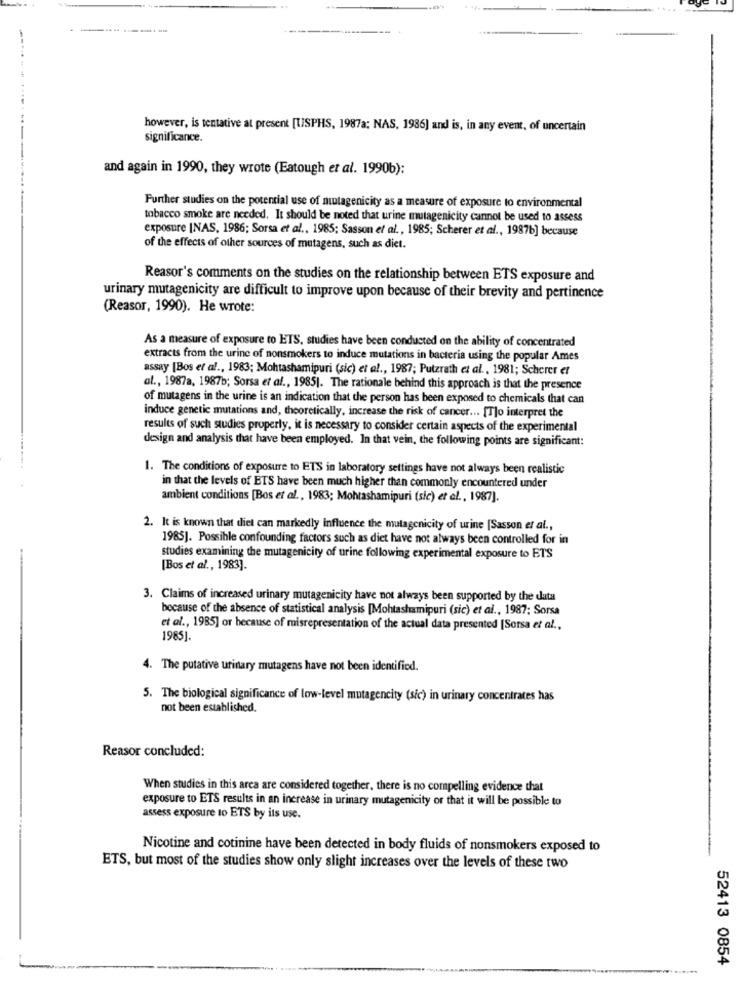
------
however, is tentative at present [USPHS, 1987a; NAS, 1986] and is, in any event, of uncertain
significance.
and again in 1990, they wrote (Eatough et al. 1990b):
Further studies on the potential use of mutagenicity as a measure of exposure to environmental
tobacco smoke are needed, It should be noted that urine mutagenicity cannot be used to assess
exposure INAS, 1986; Sorsa et al ., 1985; Sasson et al ., 1985; Scherer et al ., 1987b] because
of the effects of other sources of mutagens, such as diet.
Reasor's comments on the studies on the relationship between ETS exposure and
urinary mutagenicity are difficult to improve upon because of their brevity and pertinence
(Reasor, 1990). He wrote:
As a measure of exposure to ETS, studies have been conducted on the ability of concentrated
extracts from the urine of nonsmokers to induce mutations in bacteria using the popular Ames
assay [Bos et al ., 1983; Mohtashamipuri (sic) et al ., 1987; Putzrath et al ., 1981; Scherer et
al ., 1987a, 1987b; Sorsa et al ., 1985). The rationale behind this approach is that the presence
of mutagens in the urine is an indication that the person has been exposed to chemicals that can
induce genetic mutations and, theoretically, increase the risk of cancer ... [T]o interpret the
results of such studies properly, it is necessary to consider certain aspects of the experimental
design and analysis that have been employed. In that vein, the following points are significant:
1. The conditions of exposure to ETS in laboratory settings have not always been realistic
in that the levels of ETS have been much higher than commonly encountered under
ambient conditions [Bos et al ., 1983; Mohtashamipuri (sic) et al ., 1987].
2. It is known that diet can markedly Influence the mutagenicity of urine [Sasson et al .,
1985]. Possible confounding factors such as diet have not always been controlled for in
studies examining the mutagenicity of urine following experimental exposure to ETS
[Bos et al ., 1983].
3. Claims of increased urinary mutagenicity have not always been supported by the data
bocause of the absence of statistical analysis [Mohtashamipuri (sic) et al ., 1987; Sorsa
et al ., 1985] or because of misrepresentation of the actual data presented [Sorsa et al .,
1985].
4. The putative urinary mutagens have not been identified.
5. The biological significance of low-level mutagencity (sic) in urinary concentrates has
not been established.
Reasor concluded:
When studies in this area are considered together, there is no compelling evidence that
exposure to ETS results in an increase in urinary mutagenicity or that it will be possible to
assess exposure to ETS by its use.
Nicotine and cotinine have been detected in body fluids of nonsmokers exposed to
ETS, but most of the studies show only slight increases over the levels of these two
52413 0854